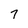
Character: 7